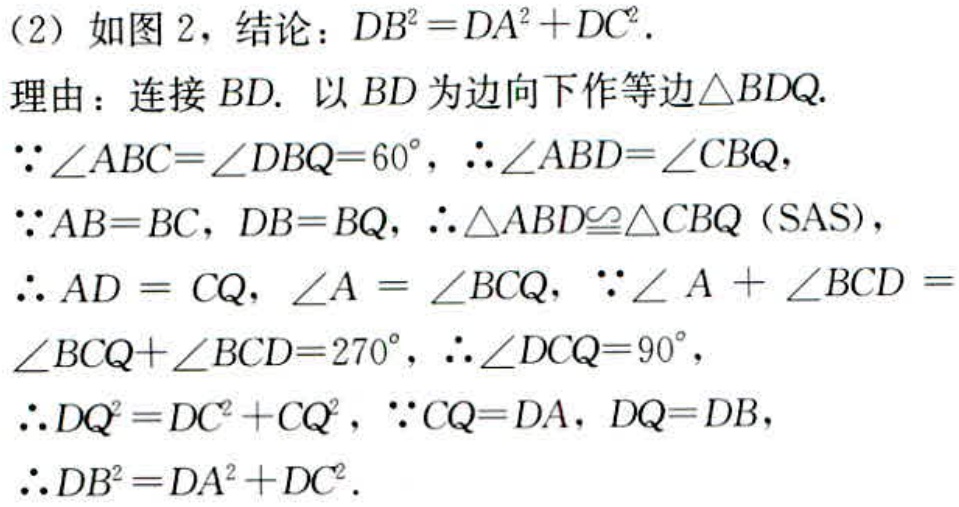
（2）如图 2，结论：\(DB^{2}=DA^{2}+DC^{2}\).
理由：连接 \(BD\). 以 \(BD\) 为边向下作等边\(\triangle BDQ\).
\(\because\angle ABC = \angle DBQ = 60^{\circ}\)，\(\therefore\angle ABD=\angle CBQ\)，
\(\because AB = BC\)，\(DB = BQ\)，\(\therefore\triangle ABD\cong\triangle CBQ\)（SAS），
\(\therefore AD = CQ\)，\(\angle A=\angle BCQ\)，\(\because\angle A+\angle BCD=\angle BCQ+\angle BCD = 270^{\circ}\)，\(\therefore\angle DCQ = 90^{\circ}\)，
\(\therefore DQ^{2}=DC^{2}+CQ^{2}\)，\(\because CQ = DA\)，\(DQ = DB\)，
\(\therefore DB^{2}=DA^{2}+DC^{2}\).